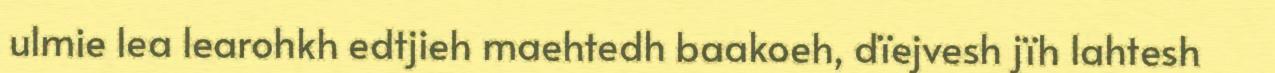
ulmie lea learohkh edtjieh maehtedh baakoeh, dïejvesh jïh lahtesh